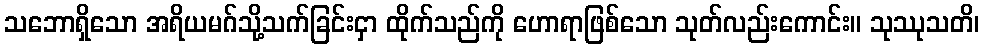
သဘောရှိသော အရိယမဂ်သို့သက်ခြင်းငှာ ထိုက်သည်ကို ဟောရာဖြစ်သော သုတ်လည်းကောင်း။ သုဿုသတိ၊